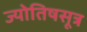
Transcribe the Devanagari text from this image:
ज्योतिषसूत्र